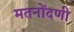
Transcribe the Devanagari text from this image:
मतनोंदणी